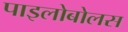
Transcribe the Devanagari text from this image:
पाइलोबोलस